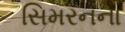
સિમરનના